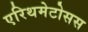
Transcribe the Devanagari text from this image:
एरिथमेटोसस